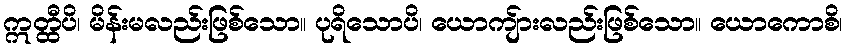
ဣတ္ထီပိ၊ မိန်းမလည်းဖြစ်သော။ ပုရိသောပိ၊ ယောကျ်ားလည်းဖြစ်သော။ ယောကောစိ၊